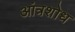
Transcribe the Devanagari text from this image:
आंत्रशोध